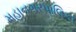
મહાનગરપાલિકા